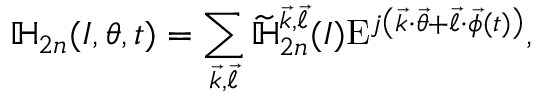
\mathbb { H } _ { 2 n } ( \boldsymbol { I } , \boldsymbol { \theta } , t ) = \sum _ { \vec { k } , \vec { \ell } } \widetilde { \mathbb { H } } _ { 2 n } ^ { \vec { k } , \vec { \ell } } ( \boldsymbol { I } ) \mathrm { E } ^ { j \left( \vec { k } \cdot \vec { \theta } + \vec { \ell } \cdot \vec { \phi } ( t ) \right) } ,